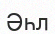
Әһл